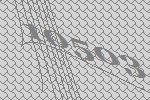
10503